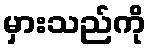
မှားသည်ကို